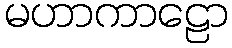
မဟာကာဠော